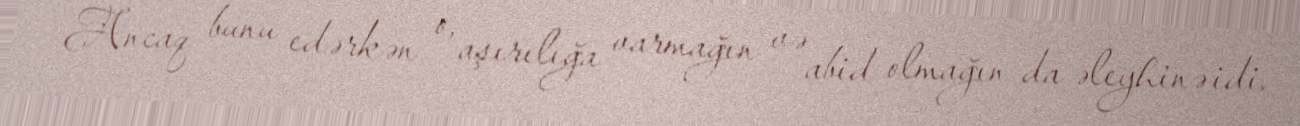
Ancaq bunu edərkən o, aşırılığa varmağın və abid olmağın da əleyhinə idi.